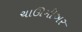
ચાઊમીઅર